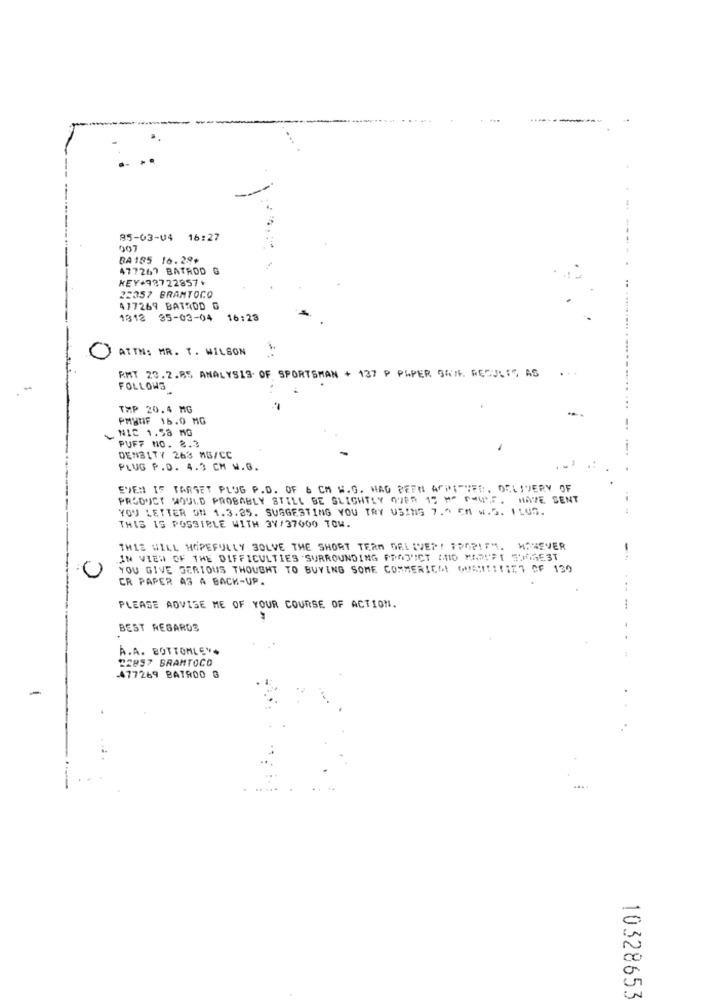
85-03-04 16:27
007
BA185 16.29+
477267 BATROD
HEY+98722857+
22357 BRAMTOCO
477269 BATRDD G
1818 35-03-04 16:23
ATTN: MR. T. WILSON
...
RMT 23.2.85 ANALYSIS OF SPORTSMAN + 137 P PAPER 9676 RECULIS AS
FOLLOWS
TMP 20.4 MG
PMHUF 16.0 MG
NIC 1.58 MG
PUFF NO. 8.3
DENBI77 263 MG/CC
PLUG P.D. 4.3 CM W.B.
EVEN IF TARGET PLUG P.D. OF 6 CM W.G. MAG REFN ACHSTUFE, DELIVERY OF
PRODUCT WOULD PROBABLY STILL BE SLIGHTLY OVER 17 H" COURS. HAVE SENT
YOU LETTER ON 1.3.25. SUGGESTING YOU TRY USING 7.5 CM W. S. ILUD.
THIS IS POSSIBLE WITH 37/37000 TOW.
THIS WILL HOPEFULLY SOLVE THE SHORT TERM DELIVERY PROPIFM. HOWEVER
IN VIEW OF THE DIFFICULTIES SURROUNDING PRODUCT AND MARYFI 550GE3T
YOU GIVE SERIOUS THOUGHT TO BUYING SOME COMMERIELA GHANIITIES OF 130
U
CR PAPER AS A BACK-UP.
PLEASE ADVISE ME OF YOUR COURSE OF ACTION.
BEST REGARDS
A.A. BOTTOMLEY.
22857 BRAMTOCO
477269 BATROO G
-
10328653